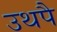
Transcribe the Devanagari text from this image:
उथपै